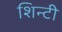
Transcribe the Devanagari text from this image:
शिन्टी